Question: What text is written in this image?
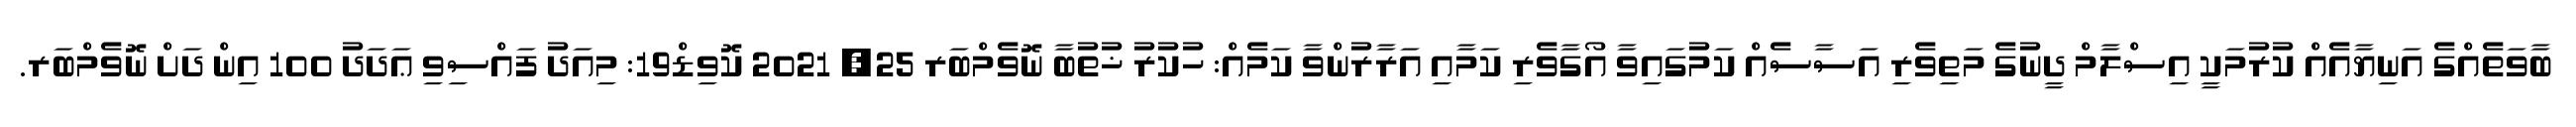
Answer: ބާވަތެއްގެ އަނިޔާއެއް ކުރުމަކީ އިސްލާމް ދީނުގެ މަތިވެރި އަސާސެއް ކަމުގައިވާ އޯގާވެރި ކަމާއި އަރާރުންވާ ކަމެއް: ހުކުރު ޚުތުބާ ނޮވެމްބަރ 25, 2021 ކޮވިޑް19: މިއަދު ފައްސިވި ޢަދަދު 100 އިން ދަށް ނޮވެމްބަރ.